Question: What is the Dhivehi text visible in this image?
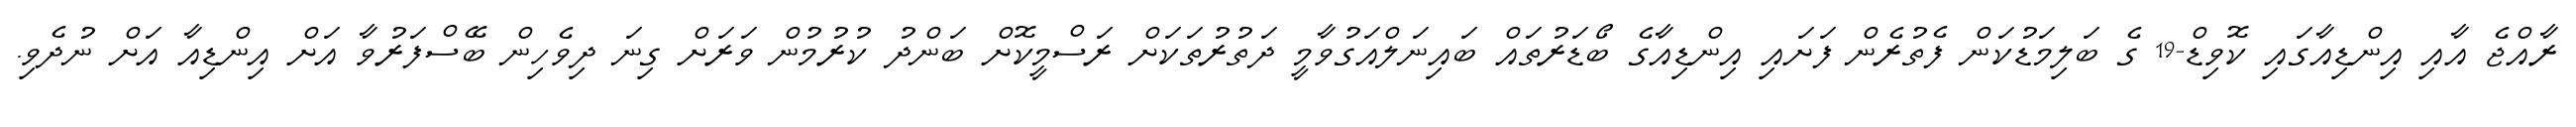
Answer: ރާއްޖެ އާއި އިންޑިއާގައި ކޮވިޑް-19 ގެ ބަލިމަޑުކަން ފެތުރެން ފަށައި އިންޑިއާގެ ބޯޑަރުތައް ބައިނަލްއަގުވާމީ ދަތުރުތަކަށް ރަސްމީކޮށް ބަންދު ކުރުމުން ވަރަށް ގިނަ ދިވެހިން ބޭސްފަރުވާ އަށް އިންޑިއާ އަށް ނުދެވި.